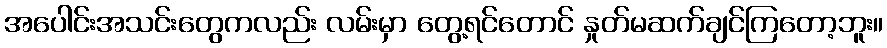
အပေါင်းအသင်းတွေကလည်း လမ်းမှာ တွေ့ရင်တောင် နှုတ်မဆက်ချင်ကြတော့ဘူး။